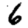
Digit: 6